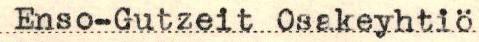
Enso-Gutzeit Osakeyhtiö